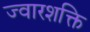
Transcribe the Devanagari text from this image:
ज्वारशक्ति